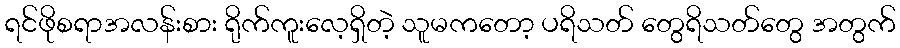
ရင်ဖိုစရာအလန်းစား ရိုက်ကူးလေ့ရှိတဲ့ သူမကတော့ ပရိသတ် တွေရိသတ်တွေ အတွက်